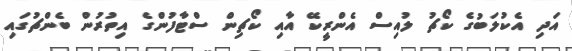
އަދި އެކުލަބުގެ ކޯޗު ލުއިސް އެންރީކޭ އާއި ކޯޗިން ސްޓާފުންގެ އިތުރުން ބެންޗުގައި